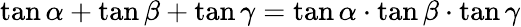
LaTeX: \tan\alpha+\tan\beta+\tan\gamma=\tan\alpha\cdot\tan\beta\cdot\tan\gamma